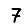
Digit: 7